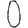
Digit: 0